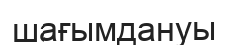
шағымдануы